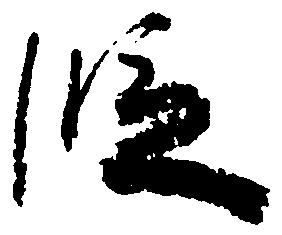
段